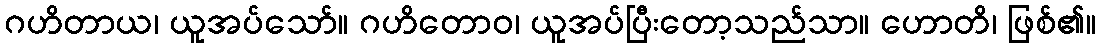
ဂဟိတာယ၊ ယူအပ်သော်။ ဂဟိတောဝ၊ ယူအပ်ပြီးတော့သည်သာ။ ဟောတိ၊ ဖြစ်၏။